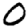
Digit: 0